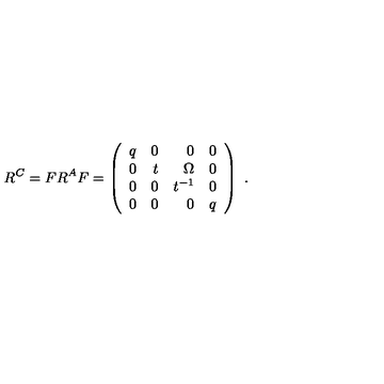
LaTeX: R ^ { C } = F R ^ { A } F = \left( \begin{array} { r r r r } { q } & { 0 } & { 0 } & { 0 } \\ { 0 } & { t } & { \Omega } & { 0 } \\ { 0 } & { 0 } & { t ^ { - 1 } } & { 0 } \\ { 0 } & { 0 } & { 0 } & { q } \\ \end{array} \right) \ .